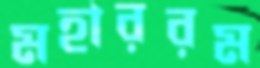
মহাররম